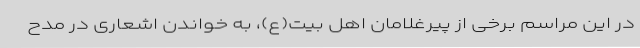
در این مراسم برخی از پیرغلامان اهل بیت(ع)، به خواندن اشعاری در مدح